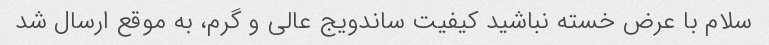
سلام با عرض خسته نباشید کیفیت ساندویج عالی و گرم، به موقع ارسال شد